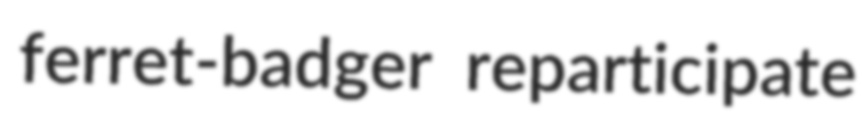
ferret-badger reparticipate